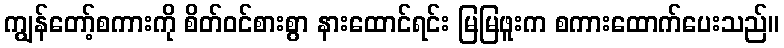
ကျွန်တော့်စကားကို စိတ်ဝင်စားစွာ နားထောင်ရင်း မြမြဖူးက စကားထောက်ပေးသည်။